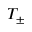
T _ { \pm }